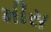
મીસ